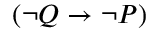
( \neg Q \to \neg P )